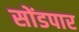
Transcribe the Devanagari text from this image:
सोंडपार